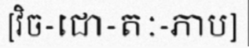
[វិច-ជោ-តៈ-ភាប]